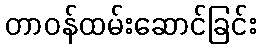
တာဝန်ထမ်းဆောင်ခြင်း